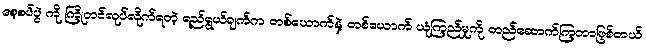
စေ့စပ်ပွဲ ကို ကြိုတင်လုပ်လိုက်ရတဲ့ ရည်ရွယ်ချက်က တစ်ယောက်နဲ့ တစ်ယောက် ယုံကြည်မှုကို တည်ဆောက်ကြတာဖြစ်တယ်